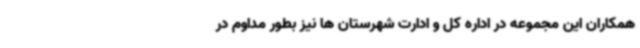
همکاران این مجموعه در اداره کل و ادارت شهرستان ها نیز بطور مداوم در